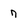
Character: 7